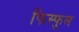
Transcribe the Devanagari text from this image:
फिस्फुल